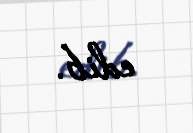
edib.